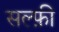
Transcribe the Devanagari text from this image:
सल्फ़ी